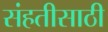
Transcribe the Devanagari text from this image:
संहतीसाठी